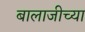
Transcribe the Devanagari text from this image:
बालाजीच्या